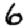
Digit: 6